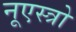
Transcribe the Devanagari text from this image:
नूएस्त्रो